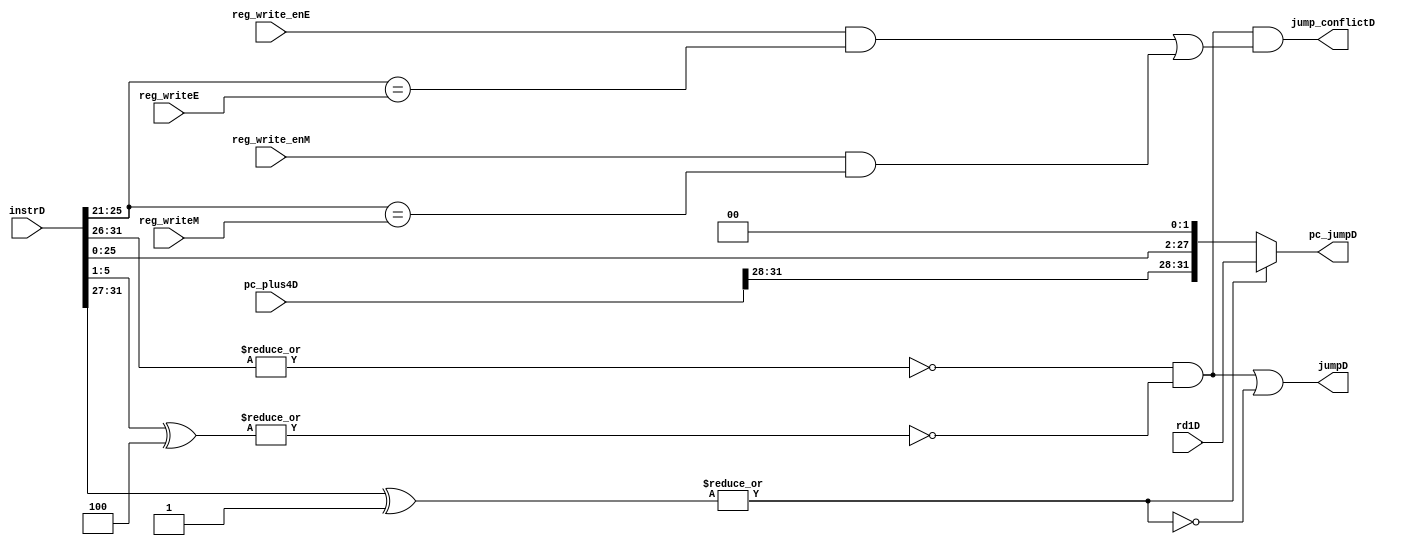
module jump_predict (
    input wire [31:0] instrD,
    input wire [31:0] pc_plus4D,
    input wire [31:0] rd1D,
    input wire reg_write_enE, reg_write_enM,
    input wire [4:0] reg_writeE, reg_writeM,

    output wire jumpD,          
    output wire jump_conflictD, 
    output wire [31:0] pc_jumpD        
);
    wire jr, j;
    wire [4:0] rsD;
    assign rsD = instrD[25:21];
    assign jr = ~(|instrD[31:26]) & ~(|(instrD[5:1] ^ 5'b00100)); //jr, jalr
    assign j = ~(|(instrD[31:27] ^ 5'b00001));                   //j, jal
    assign jumpD = jr | j;

    assign jump_conflictD = jr &&
                            ((reg_write_enE && rsD == reg_writeE) ||          
                            (reg_write_enM && rsD == reg_writeM));
    
    wire [31:0] pc_jump_immD;
    assign pc_jump_immD = {pc_plus4D[31:28], instrD[25:0], 2'b00};

    assign pc_jumpD = j ?  pc_jump_immD : rd1D;
endmodule